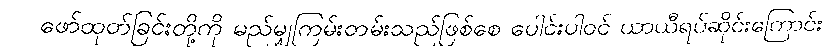
ဖော်ထုတ်ခြင်းတို့ကို မည်မျှကြမ်းတမ်းသည်ဖြစ်စေ ပေါင်းပါဝင် ယာယီရပ်ဆိုင်းကြောင်း